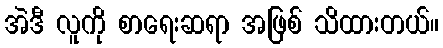
အဲဒီ လူကို စာရေးဆရာ အဖြစ် သိထားတယ်။